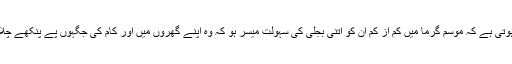
ان علاقے کے مکینوں کی سب سے بڑی اوراہم ضرورت یہی ہوتی ہے کہ موسم گرما میں کم از کم ان کو اتنی بجلی کی سہولت میسر ہو کہ وہ اپنے گھروں میں اور کام کی جگہوں پے پنکھے چلا کر خود کو اور اپنے بچوں کو گرمی کی شدت سے بچا سکیں۔